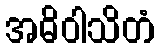
အဓိဝါသိတံ